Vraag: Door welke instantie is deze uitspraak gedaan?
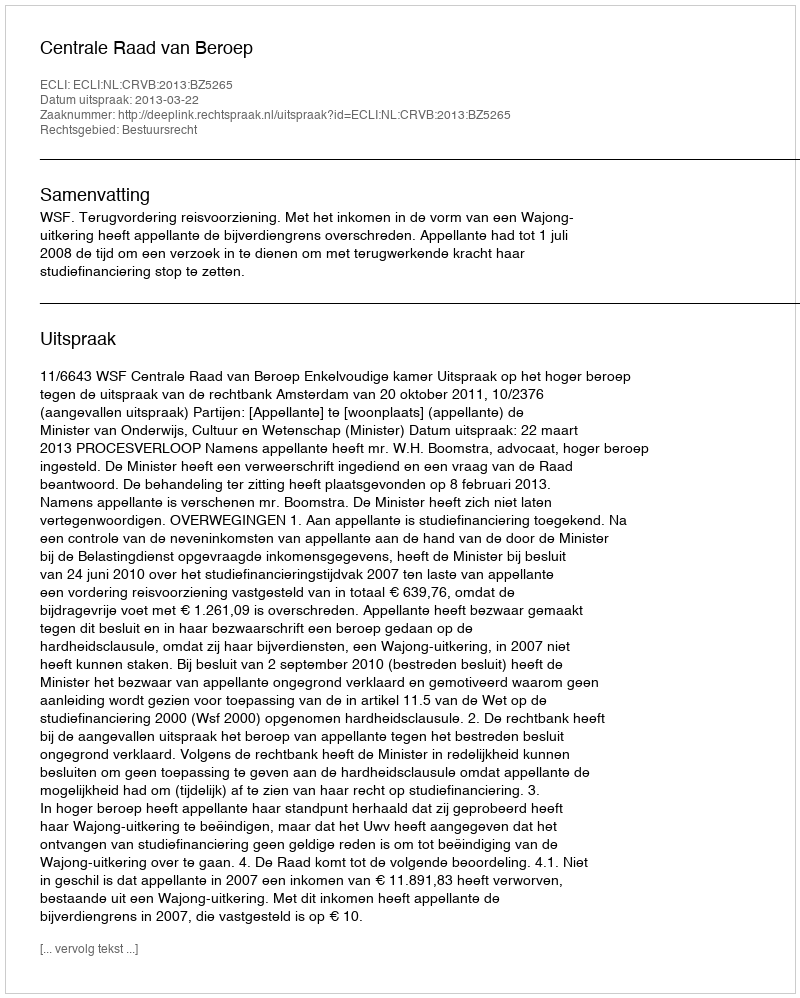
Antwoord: Centrale Raad van Beroep